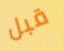
قبل